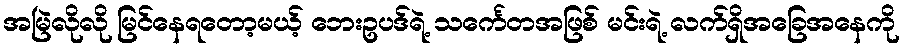
အမြဲလိုလို မြင်နေရတော့မယ့် ဘေးဥပဒ်ရဲ့ သင်္ကေတအဖြစ် မင်းရဲ့ လက်ရှိအခြေအနေကို